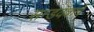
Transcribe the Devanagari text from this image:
सन्डवॅकचे